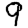
Digit: 9